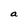
Character: a